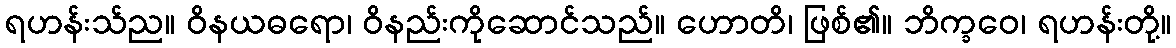
ရဟန်းသ်ည။ ဝိနယဓရော၊ ဝိနည်းကိုဆောင်သည်။ ဟောတိ၊ ဖြစ်၏။ ဘိက္ခဝေ၊ ရဟန်းတို့။